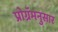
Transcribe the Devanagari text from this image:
प्रोग्रॅमनुसार